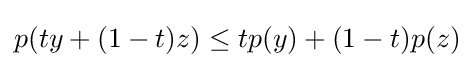
p(ty+(1-t)z)\leq tp(y)+(1-t)p(z)